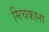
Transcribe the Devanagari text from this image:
मिचकाना